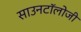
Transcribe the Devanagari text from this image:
साउनटॉलोजी